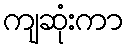
ကျဆုံးကာ